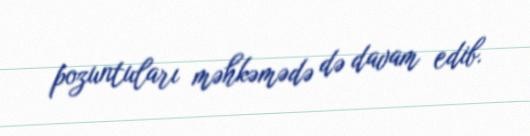
pozuntuları məhkəmədə də davam edib.